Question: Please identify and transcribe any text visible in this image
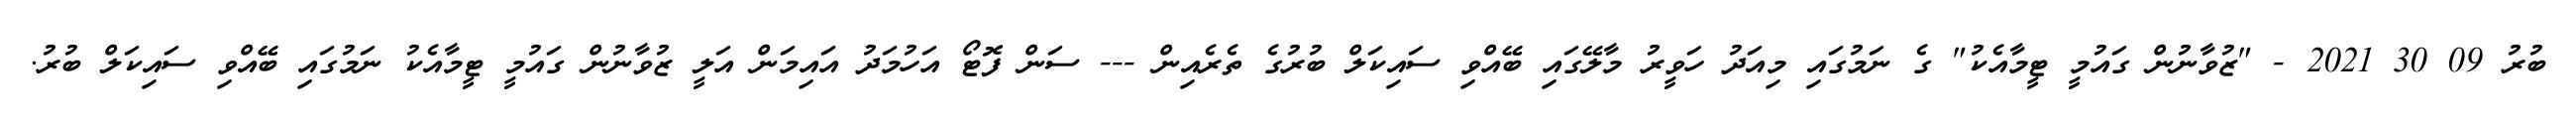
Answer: ބުރު 09 30 2021 - "ޒުވާނުން ގައުމީ ޓީމާއެކު" ގެ ނަމުގައި މިއަދު ހަވީރު މާލޭގައި ބޭއްވި ސައިކަލް ބުރުގެ ތެރެއިން --- ސަން ފޮޓޯ އަހުމަދު އައިމަން އަލީ ޒުވާނުން ގައުމީ ޓީމާއެކު ނަމުގައި ބޭއްވި ސައިކަލް ބުރު.